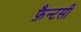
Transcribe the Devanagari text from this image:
फ़ैन्टसी